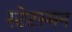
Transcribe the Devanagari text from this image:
स्टेटस्मन